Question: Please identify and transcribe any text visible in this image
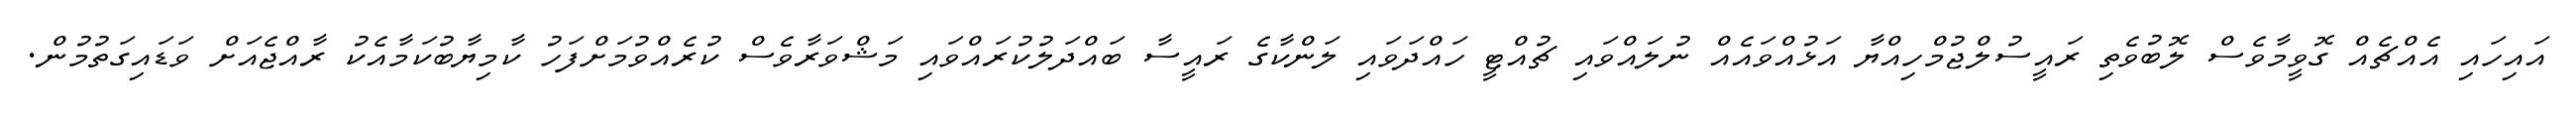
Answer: އައިހައި އެއްޗެއް ގޮވީމާވެސް ލޮބުވެތި ރައީސުލްޖުމްހިއްޔާ އަޅުއްވައެއް ނުލައްވައި ޗުއްޓީ ހައްދަވައި ލަންކާގެ ރައީސާ ބައްދަލުކުރައްވައި މަޝްވަރާވެސް ކުރެއްވުމަށްފަހު ކާމިޔާބުކަމާއެކު ރާއްޖެއަށް ވަޑައިގަތުމުން.